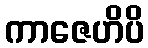
ကာဇေဟိပိ